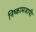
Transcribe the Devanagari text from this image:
निष्कामजापी